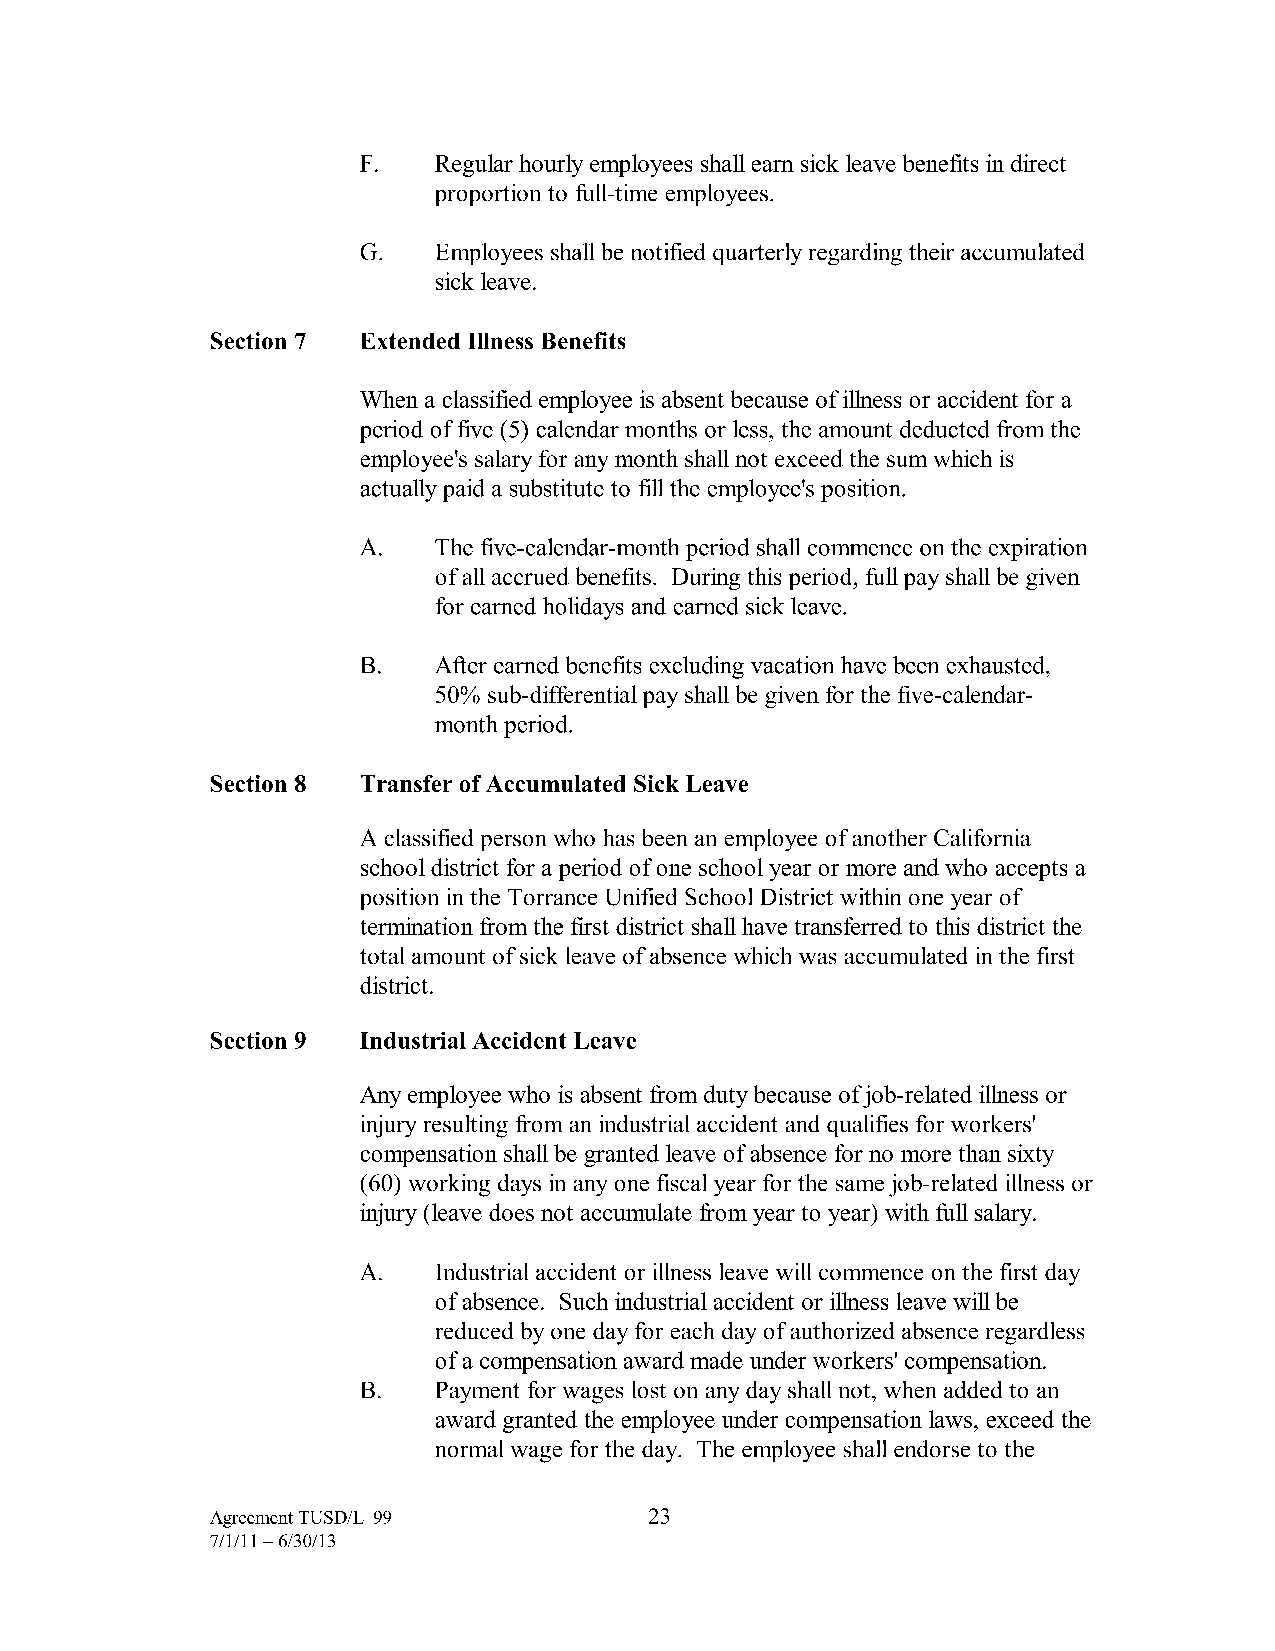
F.   Regular hourly employees shall earn sick leave benefits in direct
 proportion to full-time employees.
 G.   Employees shall be notified quarterly regarding their accumulated
 sick leave.
 Section 7 Extended Illness Benefits
 When a classified employee is absent because of illness or accident for a
 period of five (5) calendar months or less, the amount deducted from the
 employee's salary for any month shall not exceed the sum which is
 actually paid a substitute to fill the employee's position.
 A.   The five-calendar-month period shall commence on the expiration
 of all accrued benefits. During this period, full pay shall be given
 for earned holidays and earned sick leave.
 B.   After earned benefits excluding vacation have been exhausted,
 50% sub-differential pay shall be given for the five-calendar
 month period.
 Section 8 Transfer of Accumulated Sick Leave
 A classified person who has been an employee of another California
 school district for a period of one school year or more and who accepts a
 position in the Torrance Unified School District within one year of
 termination from the first district shall have transferred to this district the
 total amount of sick leave of absence which was accumulated in the first
 district.
 Section 9 Industrial Accident Leave
 Any employee who is absent from duty because ofj ob-related illness or
 injury resulting from an industrial accident and qualifies for workers'
 compensation shall be granted leave of absence for no more than sixty
 (60) working days in any one fiscal year for the same job-related illness or
 injury (leave does not accumulate from year to year) with full salary.
 A.   Industrial accident or illness leave will commence on the first day
 of absence. Such industrial accident or illness leave will be
 reduced by one day for each day of authorized absence regardless
 of a compensation award made under workers' compensation.
 B.   Payment for wages lost on any day shall not, when added to an
 award granted the employee under compensation laws, exceed the
 normal wage for the day. The employee shall endorse to the
 Agreement TUSD/L-99          23
 7/1/11-6/30/13